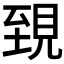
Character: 𧠫